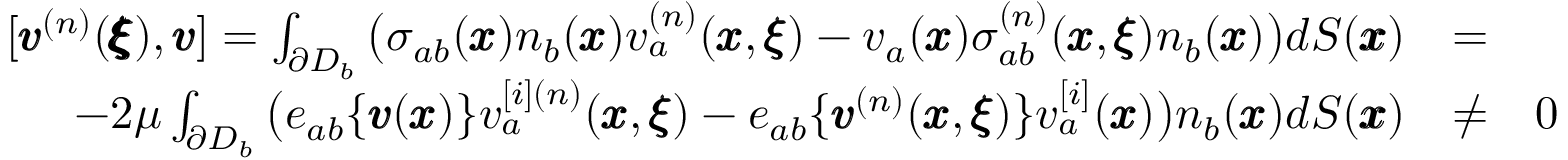
\begin{array} { r l r } { [ { \pmb v } ^ { ( n ) } ( { \pmb { \pmb \xi } } ) , { \pmb v } ] = \int _ { \partial D _ { b } } \big ( \sigma _ { a b } ( { \pmb x } ) n _ { b } ( { \pmb x } ) v _ { a } ^ { ( n ) } ( { \pmb x } , { \pmb \xi } ) - v _ { a } ( { \pmb x } ) \sigma _ { a b } ^ { ( n ) } ( { \pmb x } , { \pmb \xi } ) n _ { b } ( { \pmb x } ) \big ) d S ( { \pmb x } ) } & { = } & \\ { - 2 \mu \int _ { \partial D _ { b } } \big ( e _ { a b } \{ { \pmb v } ( { \pmb x } ) \} v _ { a } ^ { [ i ] ( n ) } ( { \pmb x } , { \pmb \xi } ) - e _ { a b } \{ { \pmb v } ^ { ( n ) } ( { \pmb x } , { \pmb \xi } ) \} v _ { a } ^ { [ i ] } ( { \pmb x } ) \big ) n _ { b } ( { \pmb x } ) d S ( { \pmb x } ) } & { \neq } & { 0 } \end{array}